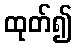
ထုတ်၍